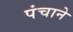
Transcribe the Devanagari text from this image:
पंचाने